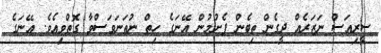
ސީރިއަސް ނަޒަރެއް ދީގެން ތިބެން ފެށުމުން އޭނަގެ ހިތް ނުތަނަވަސްވާ ގޮތްވިއެވެ. އޭނަގެ